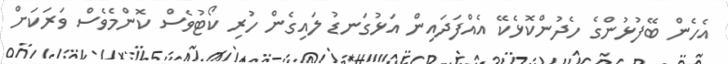
އެހެން ބޭފުޅުންގެ ހެދުންކޮޅެކޭ އެއްފަދައިން އަޅުގަނޑު ލައިގެން ހުރި ކޯޓުވެސް ކޮންމެވެސް ވަރަކަށް